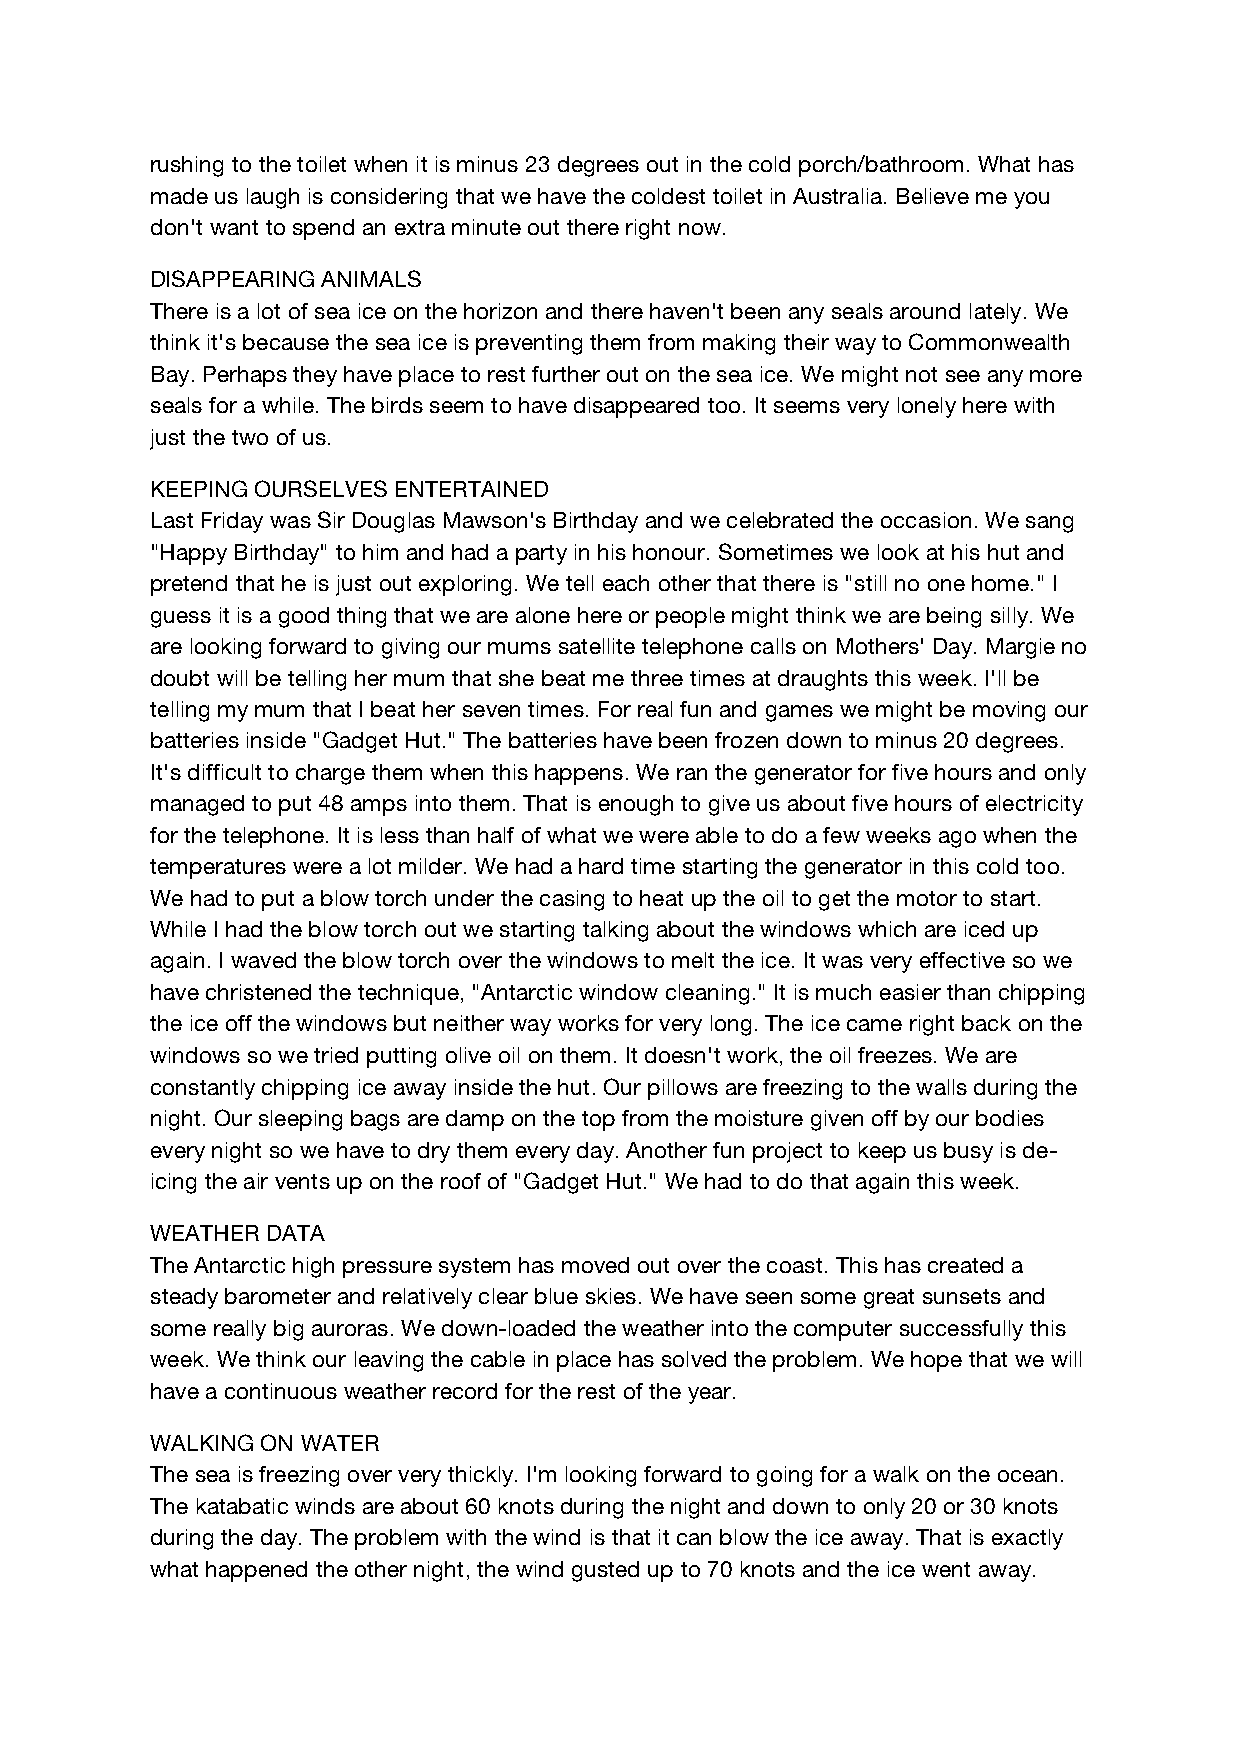
rushing to the toilet when it is minus 23 degrees out in the cold porch/bathroom. What has
 made us laugh is considering that we have the coldest toilet in Australia. Believe me you
 don't want to spend an extra minute out there right now.
 DISAPPEARING ANIMALS
 There is a lot of sea ice on the horizon and there haven't been any seals around lately. We
 think it's because the sea ice is preventing them from making their way to Commonwealth
 Bay. Perhaps they have place to rest further out on the sea ice. We might not see any more
 seals for a while. The birds seem to have disappeared too. It seems very lonely here with
 just the two of us.
 KEEPING OURSELVES ENTERTAINED
 Last Friday was Sir Douglas Mawson's Birthday and we celebrated the occasion. We sang
 "Happy Birthday" to him and had a party in his honour. Sometimes we look at his hut and
 pretend that he is just out exploring. We tell each other that there is "still no one home." I
 guess it is a good thing that we are alone here or people might think we are being silly. We
 are looking forward to giving our mums satellite telephone calls on Mothers' Day. Margie no
 doubt will be telling her mum that she beat me three times at draughts this week. I'll be
 telling my mum that I beat her seven times. For real fun and games we might be moving our
 batteries inside "Gadget Hut." The batteries have been frozen down to minus 20 degrees.
 It's difficult to charge them when this happens. We ran the generator for five hours and only
 managed to put 48 amps into them. That is enough to give us about five hours of electricity
 for the telephone. It is less than half of what we were able to do a few weeks ago when the
 temperatures were a lot milder. We had a hard time starting the generator in this cold too.
 We had to put a blow torch under the casing to heat up the oil to get the motor to start.
 While I had the blow torch out we starting talking about the windows which are iced up
 again. I waved the blow torch over the windows to melt the ice. It was very effective so we
 have christened the technique, "Antarctic window cleaning." It is much easier than chipping
 the ice off the windows but neither way works for very long. The ice came right back on the
 windows so we tried putting olive oil on them. It doesn't work, the oil freezes. We are
 constantly chipping ice away inside the hut. Our pillows are freezing to the walls during the
 night. Our sleeping bags are damp on the top from the moisture given off by our bodies
 every night so we have to dry them every day. Another fun project to keep us busy is de-
 icing the air vents up on the roof of "Gadget Hut." We had to do that again this week.
 WEATHER DATA
 The Antarctic high pressure system has moved out over the coast. This has created a
 steady barometer and relatively clear blue skies. We have seen some great sunsets and
 some really big auroras. We down-loaded the weather into the computer successfully this
 week. We think our leaving the cable in place has solved the problem. We hope that we will
 have a continuous weather record for the rest of the year.
 WALKING ON WATER
 The sea is freezing over very thickly. I'm looking forward to going for a walk on the ocean.
 The katabatic winds are about 60 knots during the night and down to only 20 or 30 knots
 during the day. The problem with the wind is that it can blow the ice away. That is exactly
 what happened the other night, the wind gusted up to 70 knots and the ice went away.